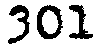
301